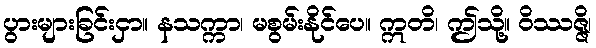
ပွားများခြင်းငှာ။ နသက္ကာ၊ မစွမ်းနိုင်ပေ။ ဣတိ၊ ဤသို့။ ဝိဿဇ္ဇိ၊